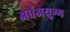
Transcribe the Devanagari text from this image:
अर्धअयुग्म